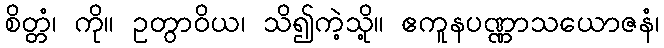
စိတ္တံ၊ ကို။ ဥတွာဝိယ၊ သိ၍ကဲ့သို့။ ဧကူနပဏ္ဏာသယောဇနံ၊